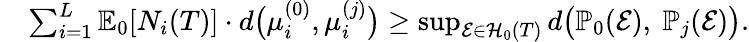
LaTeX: \begin{array}{rl}&{\sum_{i=1}^{L}\mathbb{E}_{0}[N_{i}(T)]\cdot d\big(\mu_{i}^{(0)},\mu_{i}^{(j)}\big)\ge\operatorname*{sup}_{\mathcal{E}\in\mathcal{H}_{0}(T)}d\big(\mathbb{P}_{0}(\mathcal{E}),~\mathbb{P}_{j}(\mathcal{E})\big).}\end{array}